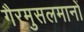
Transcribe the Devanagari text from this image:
गैरमुसलमानों